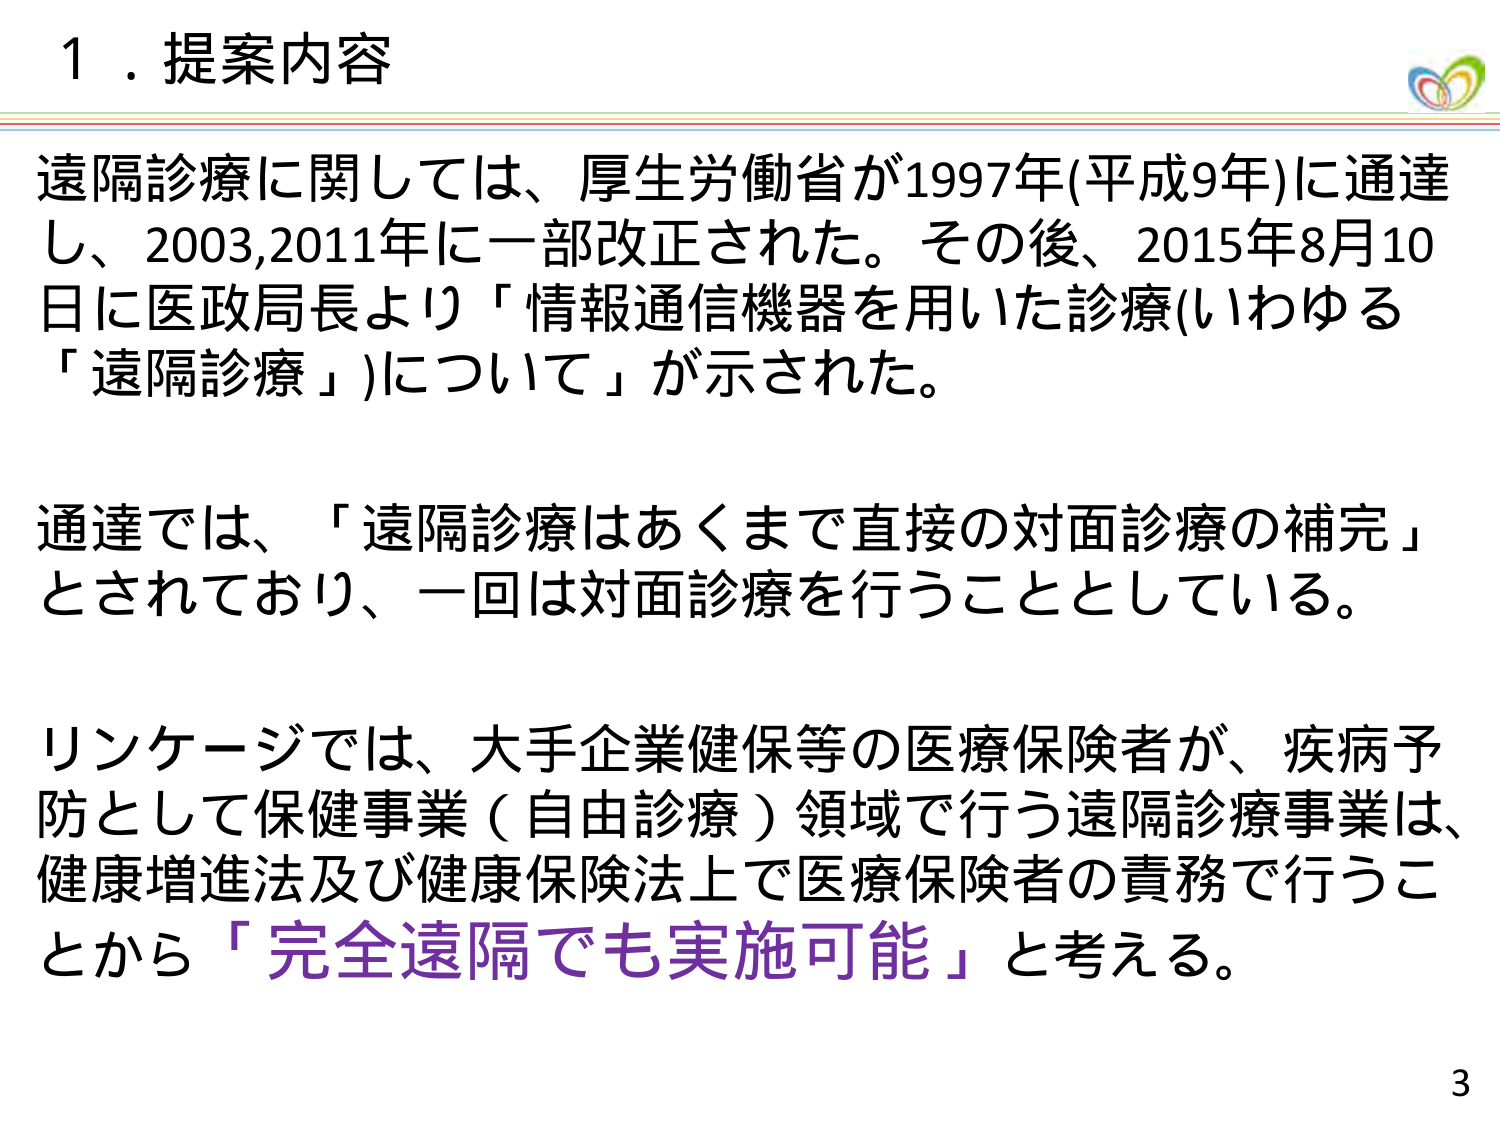
1．提案内容

遠隔診療に関しては、厚生労働省が1997年(平成9年)に通達し、2003,2011年に一部改正された。その後、2015年8月10日に医政局長より「情報通信機器を用いた診療(いわゆる「遠隔診療」)について」が示された。

通達では、「遠隔診療はあくまで直接の対面診療の補完」とされており、一回は対面診療を行うこととしている。

リンケージでは、大手企業健保等の医療保険者が、疾病予防として保健事業（自由診療）領域で行う遠隔診療事業は、健康増進法及び健康保険法上で医療保険者の責務で行うことから「完全遠隔でも実施可能」と考える。

3